Medical and sanitary report of the native army of Bengal for the year
Year: 1878
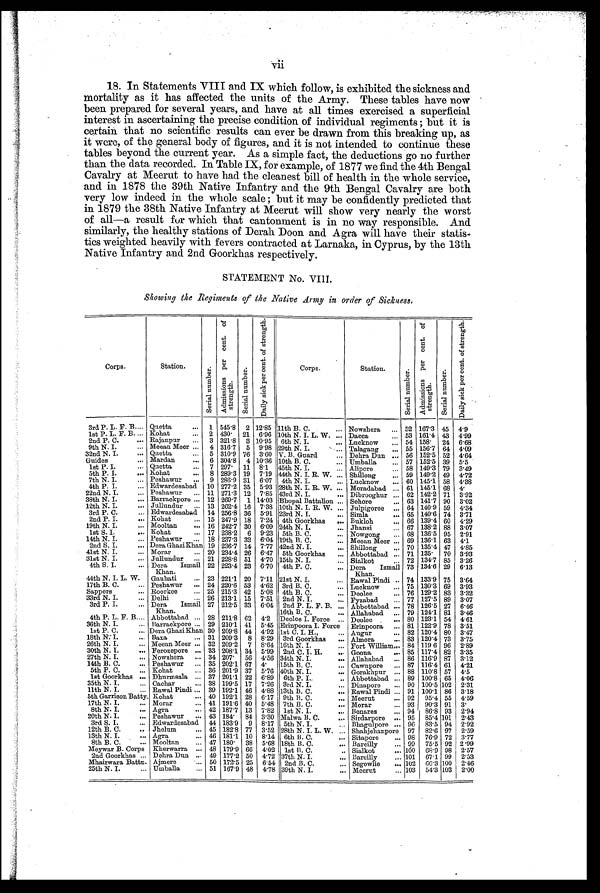
vii
18. In Statements VIII and IX which follow, is exhibited the sickness and
mortality as it has affected the units of the Army. These tables have now
been prepared for several years, and have at all times exercised a superficial
interest in ascertaining the precise condition of individual regiments ; but it is
certain that no scientific results can ever be drawn from this breaking up, as
it were, of the general body of figures, and it is not intended to continue these
tables beyond the current year. As a simple fact, the deductions go no further
than the data recorded. In Table IX, for example, of 1877 we find the 4th Bengal
Cavalry at Meerut to have had the cleanest bill of health in the whole service,
and in 1878 the 39th Native Infantry and the 9th Bengal Cavalry are both
very low indeed in the whole scale ; but it may be confidently predicted that
in 1879 the 38th Native Infantry at Meerut will show very nearly the worst
of all-a result fur which that cantonment is in no way responsible. And.
similarly, the healthy stations of Derah Doon and Agra will have their statis-
tics weighted heavily with fevers contracted at Larnaka, in Cyprus, by the 13th
Native Infantry and 2nd Goorkhas respectively.
STATEMENT No. VIII.
Showing the Regiments of the Native Army in order of Sickness:
Corps.
Station.
S e r i a l n u mb e r . A d mi s s i o n s p e r c e n t . o f s t r e n g t h .
S e r i a l n u m b e r .
D a i l y s i c k p e r c e n t . o f s t r e n g t h .
Corps.
Station
S e r i a l n u mb e r .
A d m i s s i o n s p e r c e n t . o f s t r e n g t h .
S e r i a l n u m b e r .
D a i l y s i c k p e r c e n t . o f s t r e n g t h .
3rd P. L. F. B ... Quetta
... 1 545.8 2 12.85 11th B. C.
... Nowshera
... 52 167.3 45 4.9
1st P. L. F. B ... Kohat
...
2 430. 21 6.96 10th N. I. L. W. ... Dacca
... 53 161.4 43 4.99
2nd P. C.
... Rajanpur
...
3 321.8 3 10.95 6th N. I.
... Lucknow
... 54 158. 24 6.68
9th N. I.
... Meean Meer ... 4 316.7 5 9.98 29th N. I.
... Talagang
... 55 156.7 64 4.09
32nd N. I.
... Quetta
...
5 310.9 76 3.60 V. B. Guard
... Debra Dun ... 56 152.5 52 4.64
Guides
... Mardan
...
6 304.8 4 10.36 10th B. C.
... Umballa
... 57 152.5 39 5.5
1st P. I.
... Quetta
...
7 297. 11 8.1 45th N. I.
...
Alipor
e
. . .
58 149.3 79 3.49
5th P. I.
... Kohat
...
8 289.3 19 7.19 44th N. I. R. W. ... Shillong
... 59 149.2 49 4.72
7th N. I.
... Peshawur
...
9 286.9 31 6.07 4th N. I.
... Lucknow
... 60 145.1 58 4.38
4th P. I.
... Edwardesabad 10 277.2 35 5.93 28th N. I. R. W. ... Moradabad ... 61 145.1 68 4.
22nd N. I.
... Peshawur
... 11 271.3 12 7.85 43rd N. I.
... Dibrooghur ... 62 142.2 71 3.92
38th N. I.
... Barrackpore ... 12 269.7 1 14.03 Bhopal Battalion ... Sehore
... 63 141.7 90 3.02
12th N. I.
... Jullundur
... 13 262.4 16 7.38 10th N. I. R. W.
...
Julpigoree . . .
64 140.9 59 4.34
3rd P. C.
... Edwardesabad 14 256.8 36 5.91 23rd N. I.
... Simla
... 65 140.6 74 3.71
2nd P. I.
... Kohat
... 15 247.9 18 7.24 4th Goorkhas
... Bukloh
... 66 139.4 60 4.29
19th N. I.
... Mooltan
... 16 242.7 30 6.09 24th N. I.
... Jhansi
... 67 138.2 88 3.07
1st S. I.
... Kohat
... 17 238.2 6 9.23 5th B. C.
... Nowgong . . .
68 136.5 95 2.91
14th N. I.
... Peshawur
... 18 237.3 32 6.04 19th B. C.
... Meean Meer ... 69 136.1 63 4.1
2nd S. I.
... Dera Ghazi Khan 19 236.7 14 7.77 42nd N. I.
... Shillong . . .
70 135.4 47 4.85
41st N. I.
... Morar
... 20 234.4 26 6.47 5th Goorkhas
... Abbottabad ... 71 135. 70 3.93
31st N. I.
... Jullundur
... 21 228.8 51 4.70 15th N. I.
... Sialkot
... 72 134.7 85 3.26
4th S. I.
... Dera Ismail
Khan.
22 223.4 23 6.70 4th P. C.
... Dera Ismail
Khan.
73 134.6 29 6.13
44th N. I. L. W.
Gauhati
... 23 221.1 20 7.11 21st N. I.
. . . Rawal Pindi ... 74 133.9 75 3.64
17th B. C.
... Peshawur
... 24 220.6 53 4.62 3rd B. C.
... Lucknow
... 75 130.3 69 3.93
Sappers
... Roorkee
... 25 215.3 42 5.08 4th B. C.
... Deolee
... 76 129.2 83 3.32
33rd N. I.
. . . Delhi
... 26 213.1 15 7.51 2nd N. I.
... Fyzabad
... 77 127.5 89 3.07
3rd P. I.
... Dera Ismail
Khan.
27 212.5 33 6.04 2nd P. L. F. B. ... Abbottabad
....
78 126.5 27 6.46
16th B. C.
. . . Allahabad ... 79 124.1 81 3.46
4th P. L. F. B.... Abbottabad ... 28 211.8 62 4.2 Deolee I. Force ... Deolee
... 80 123.1 54 4.61
36th N. I.
... Barrackpore ... 29 210.1 41 5.45 Erinpoora I. Force
Erinpoora
... 81 122.9 78 3.51
1st P. C.
... Dera Ghazi Khan 30 209.8 44 4.92 1st C. I. H.,
... Augur
... 82 120.4 80 3.47
18th N. I.
... Baxa
... 31 209.3 8 8.29 3rd Goorkhas
... Almora
... 83 120.4 73 3.75
26th N. I.
... Meean Meer ... 32 209.2 7 8.64 16th N. I.
... Fort William ... 84 119.6 96 2.89
30th N. I.
... Ferozepore ... 33 208.1 34 5.99 2nd C. I. H.
... Goona
... 85 117.4 82 3.35
27th N. I.
. . . Nowshera
... 34 207. 56 4.56 34th N. I.
... Allahabad
... 86 116.9 87 3.12
14th B. C.
... Peshawur
... 35 202.1 67 4.
15th B. C.
... Cawnpore
... 87 116.4 61 4.21
5th P. C.
... Kohat
... 36 201.9 37 5.76 40th N. I.
... Gorakhpur ... 88 110.8 57 4.5
1st Goorkhas ... Dhurmsala ... 37 201.1 22 6.89 6th P. I.,
.. Abbottabad ... 89 100.8 65 4.06
35th N. I.
... Cachar
... 38 199.5 17 7.26 3rd N. I.
... Dinapore
... 90 100.5 102 2.31
11th N. I.
... Rawal Pindi ... 39 192.1 46 4.88 13th B. C.
... Rawal Pindi ... 91 100.1 86 3.18
5th Garrison Batty. Kohat
... 40 192.1 28 6.17 9th B. C.
... Meerut
... 92 95.4 55 4.59
17th N. I.
... Morar
... 41 191.6 40 5.48 7th B. C.
. . . Morar
... 93 90.3 91 3.
8th N. I.
... Agra
... 42 187.7 13 7.82 1st N. I.
... Benares
... 94 86.8 93 2.94
20th N. I.
... Peshawur
... 43 184. 84 3.30 Malwa B. C.
... Sirdarpore ... 95 85.4 101 2.43
3rd S. I.
... Edwardesabad 44 183.9 9 8.17 5th N. I.
... Bhagulpore ... 96 83.5 94 2.92
12th B. C.
... Jhelum
... 45 182.8 77 3.52 28th N. I. L. W. ... Shahjehanpore 97 82.6 97 2.59
13th N. I.
... Agra
... 46 181.1 10 8.14 6th B. C.
... Sitapore
... 98 76.9 72 3.77
8th B. C.
... Mooltan
... 47 180. 38 5.68 18th B. C.
... Bareilly
... 99 75.5 92 2.99
Meywar B. Corps Kherwarra ... 48 179.9 66 4.02 1st B. C.
... Sialkot
... 100 68.9 98 2.57
2nd Goorkhas ... Dehra Dun ... 49 177.2 50 4.72 37th N. I.
... Bareilly
... 101 67.1 99 2.53
Mhairwara Battn. Ajmere
... 50 172.5 25 6.54 2nd B. C.
... Segowlie
... 102 66.3 100 2.46
25th N. I.
... Umballa
... 51 167.9 48 4.78 39th N. I.
... Meerut
... 103 54.3 103 2.00
•